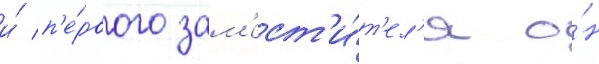
и́ п'е́рвого зам'ест'и́т'ел'я о́н